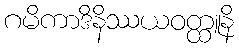
ဂမိကာဒိနိဿယဝတ္ထူနိ